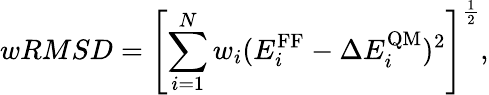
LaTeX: wRMSD=\left[\sum_{i=1}^{N}w_{i}(E_{i}^{\mathrm{FF}}-\Delta E_{i}^{\mathrm{QM}})^{2}\right]^{\frac{1}{2}},